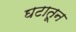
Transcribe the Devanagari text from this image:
घटातून